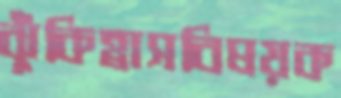
ঝুঁকিহ্রাসবিষয়ক